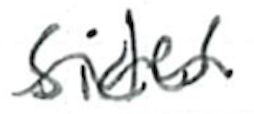
Text: sides
Cross-out: wave
Writing tool: ballpoint